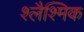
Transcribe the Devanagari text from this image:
श्लैश्मिक